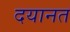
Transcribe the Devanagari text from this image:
दयानत